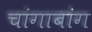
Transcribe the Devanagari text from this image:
चांगाबांग